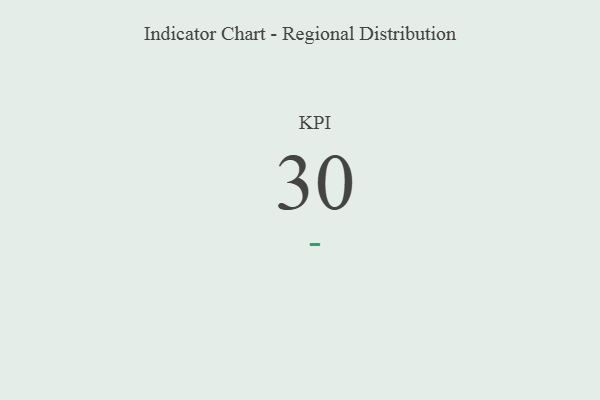
{"axis": {"x": "KPI", "y": "Value"}, "legend": [""], "data": [{"x": "KPI", "y": 30, "type": ""}]}